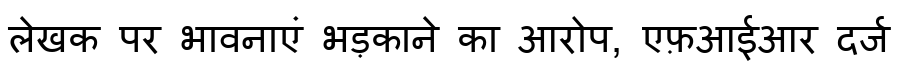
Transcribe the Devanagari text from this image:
लेखक पर भावनाएं भड़काने का आरोप, एफ़आईआर दर्ज